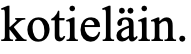
kotieläin.